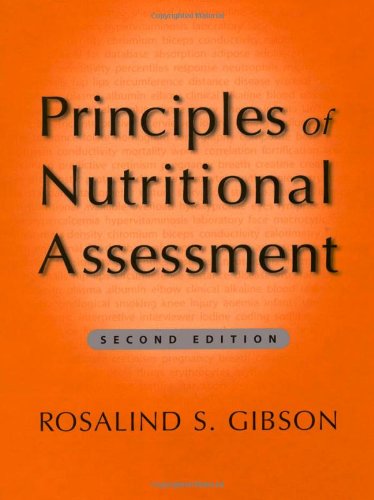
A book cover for Principles of Nutritional Assessment; Rosalind S. Gibson; Medical Books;